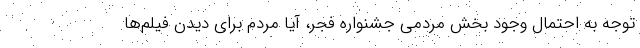
توجه به احتمال وجود بخش مردمی جشنواره فجر، آیا مردم برای دیدن فیلم‌ها